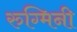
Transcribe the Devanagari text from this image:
रुग्मिनी